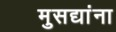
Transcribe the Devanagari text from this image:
मुसद्यांना